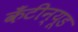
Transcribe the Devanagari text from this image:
कँटीन्यूड